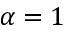
\alpha = 1